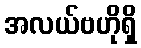
အလယ်ဗဟိုရှိ